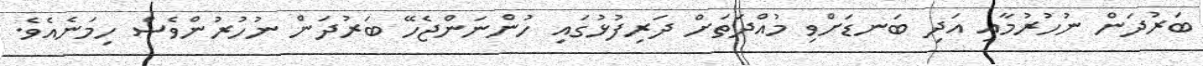
ބަރުދަން ނުހުރުމާއި އަދި ބަނޑަށްވި މުއްދަތަށް ދަރިފުޅުގައި ހުންނަންޖެހޭ ބަރުދަން ނުހުރުންވެސް ހިމަނެއެވެ.